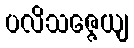
ပလိသဇ္ဇေယျ